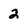
Character: 2